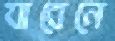
যাবেনে